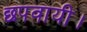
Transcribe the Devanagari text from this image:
छपवायी।